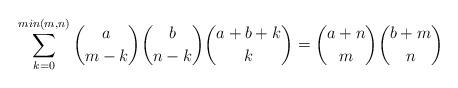
LaTeX: \begin{align*}\sum_{k=0}^{min(m,n)}\binom{a}{m-k}\binom{b}{n-k}\binom{a+b+k}{k}=\binom{a+n}{m}\binom{b+m}{n}\end{align*}